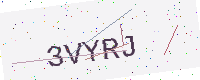
Text: 3VYRJ